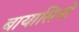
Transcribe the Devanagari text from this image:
बायासिनो